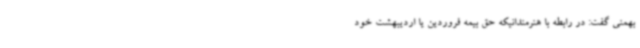
بهمنی گفت: در رابطه با هنرمندانیکه حق بیمه فروردین یا اردیبهشت خود